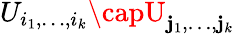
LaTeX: U_{i_{1},\dots,i_{k}}\capU_{\mathbf{j}_{1},\dots,\mathbf{j}_{k}}